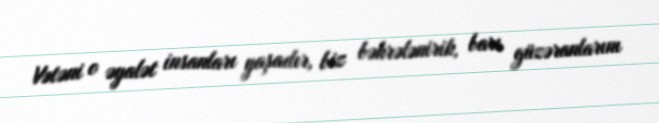
Vətəni o əyalət insanları yaşadır, biz bəhrələnirik, barı güzəranlarını